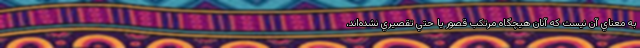
به معناي آن نيست كه آنان هیچگاه مرتكب قصور يا حتي تقصيري نشده‌اند،